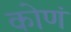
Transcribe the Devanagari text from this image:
कोणं